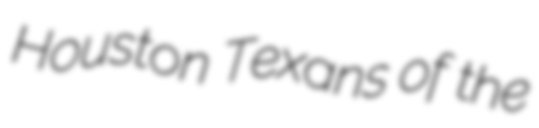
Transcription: Houston Texans of the